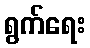
ရွက်ရေး